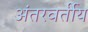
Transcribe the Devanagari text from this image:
अंतरवर्तीय